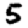
Digit: 5